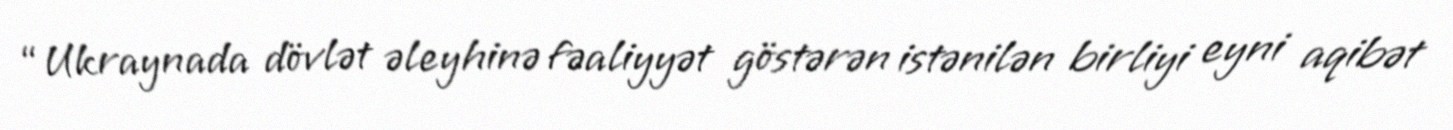
“Ukraynada dövlət əleyhinə fəaliyyət göstərən istənilən birliyi eyni aqibət